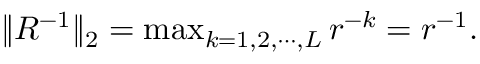
\begin{array} { r } { \| R ^ { - 1 } \| _ { 2 } = \operatorname* { m a x } _ { k = 1 , 2 , \cdots , L } r ^ { - k } = r ^ { - 1 } . } \end{array}